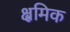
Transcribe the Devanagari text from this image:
क्ष्रमिक